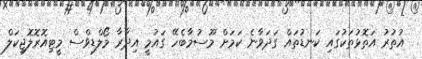
އުތުރު އަތޮޅުތަކުގައި ކަނޑުތައް ގަދަވާނެ ކަމަށް މޫސުމާބެހޭ ގައުމީ އިދާރާ މޯލްޑިވްސް މީޓިއޮރޮލޮޖިކަލް